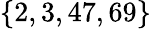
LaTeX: \left\{ 2,3,47,69\right\}